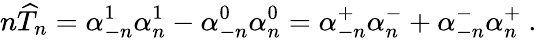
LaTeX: n\widehat T_{n}=\alpha_{-n}^{1}\alpha_{n}^{1}-\alpha_{-n}^{0}\alpha_{n}^{0}=\alpha_{-n}^{+}\alpha_{n}^{-}+\alpha_{-n}^{-}\alpha_{n}^{+}\ .